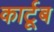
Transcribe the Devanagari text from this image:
कार्टूब